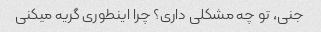
جنی، تو چه مشکلی داری؟ چرا اینطوری گریه میکنی